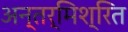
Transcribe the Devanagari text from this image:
अन्तर्मिश्रित